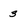
Character: 3